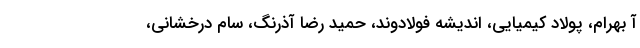
آ بهرام، پولاد کیمیایی، اندیشه فولادوند، حمید رضا آذرنگ، سام درخشانی،